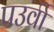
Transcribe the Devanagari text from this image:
पउर्वी